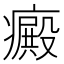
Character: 癜